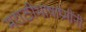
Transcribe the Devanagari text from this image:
मराठीभाषाप्रेमींनी